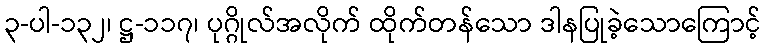
၃-ပါ-၁၃၂၊ ဋ္ဌ-၁၁၇၊ ပုဂ္ဂိုလ်အလိုက် ထိုက်တန်သော ဒါနပြုခဲ့သောကြောင့်